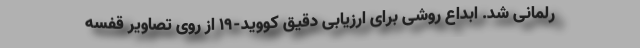
رلمانی شد. ابداع روشی برای ارزیابی دقیق کووید-۱۹ از روی تصاویر قفسه